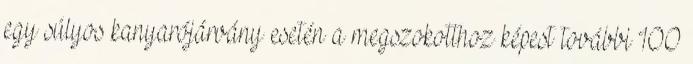
egy súlyos kanyarójárvány esetén a megszokotthoz képest további 100